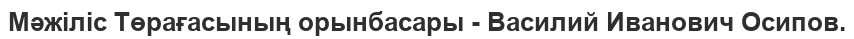
Мәжіліс Төрағасының орынбасары - Василий Иванович Осипов.